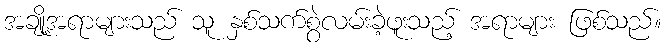
အချို့အရာများသည် သူ နှစ်သက်စွဲလမ်းခဲ့ဖူးသည့် အရာများ ဖြစ်သည်။